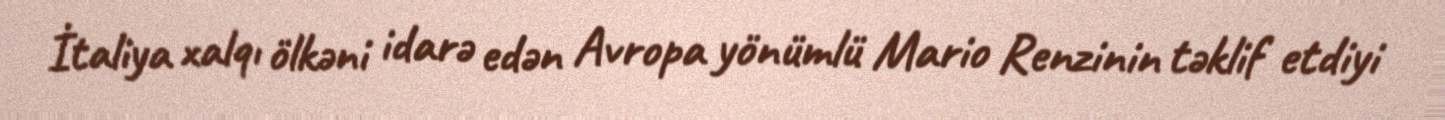
İtaliya xalqı ölkəni idarə edən Avropa yönümlü Mario Renzinin təklif etdiyi